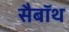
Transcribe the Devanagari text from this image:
सैबॉथ